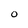
Character: O